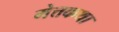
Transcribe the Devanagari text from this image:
मेत्तकथा